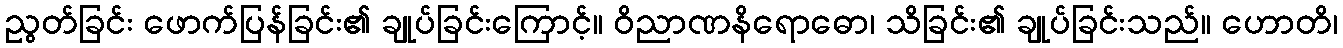
ညွတ်ခြင်း ဖောက်ပြန်ခြင်း၏ ချုပ်ခြင်းကြောင့်။ ဝိညာဏနိရောဓော၊ သိခြင်း၏ ချုပ်ခြင်းသည်။ ဟောတိ၊